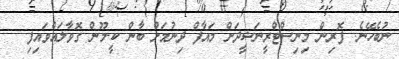
ނުބެހޭނެ: ފޮރިން މިނިސްޓްރީނަޝީދަށް މައާފް ދިނުމަށް ބާން ކީ-މޫން ގޮވާލައްވައިފި